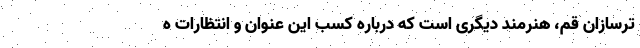
ترسازان قم، هنرمند دیگری است که درباره کسب این عنوان و انتظارات ه